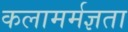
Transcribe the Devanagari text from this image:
कलामर्मज्ञता